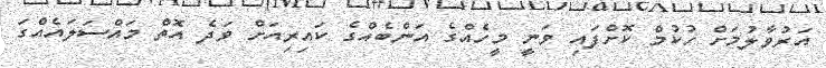
އަރުވާލުމަށް ހުކުމް ކޮށްފައި ވަނީ މީހެއްގެ އަންބެއްގެ ކައިރިއަށް ވަދެ އޮތް މައްސަލައެއްގަ